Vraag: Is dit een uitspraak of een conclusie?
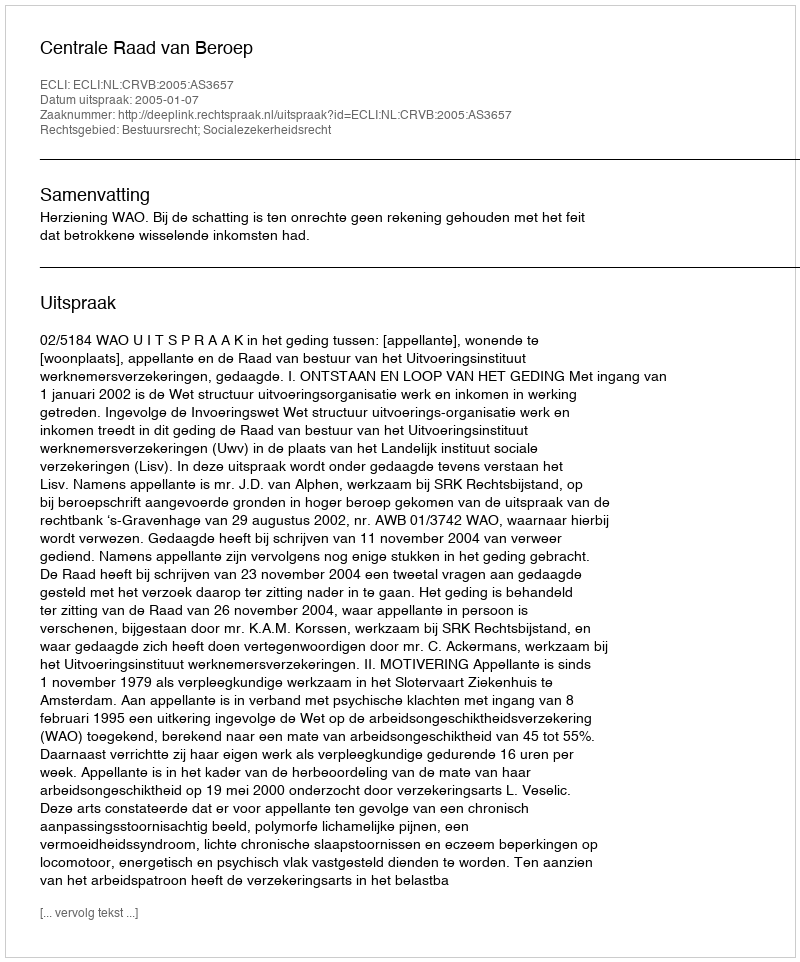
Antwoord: Uitspraak